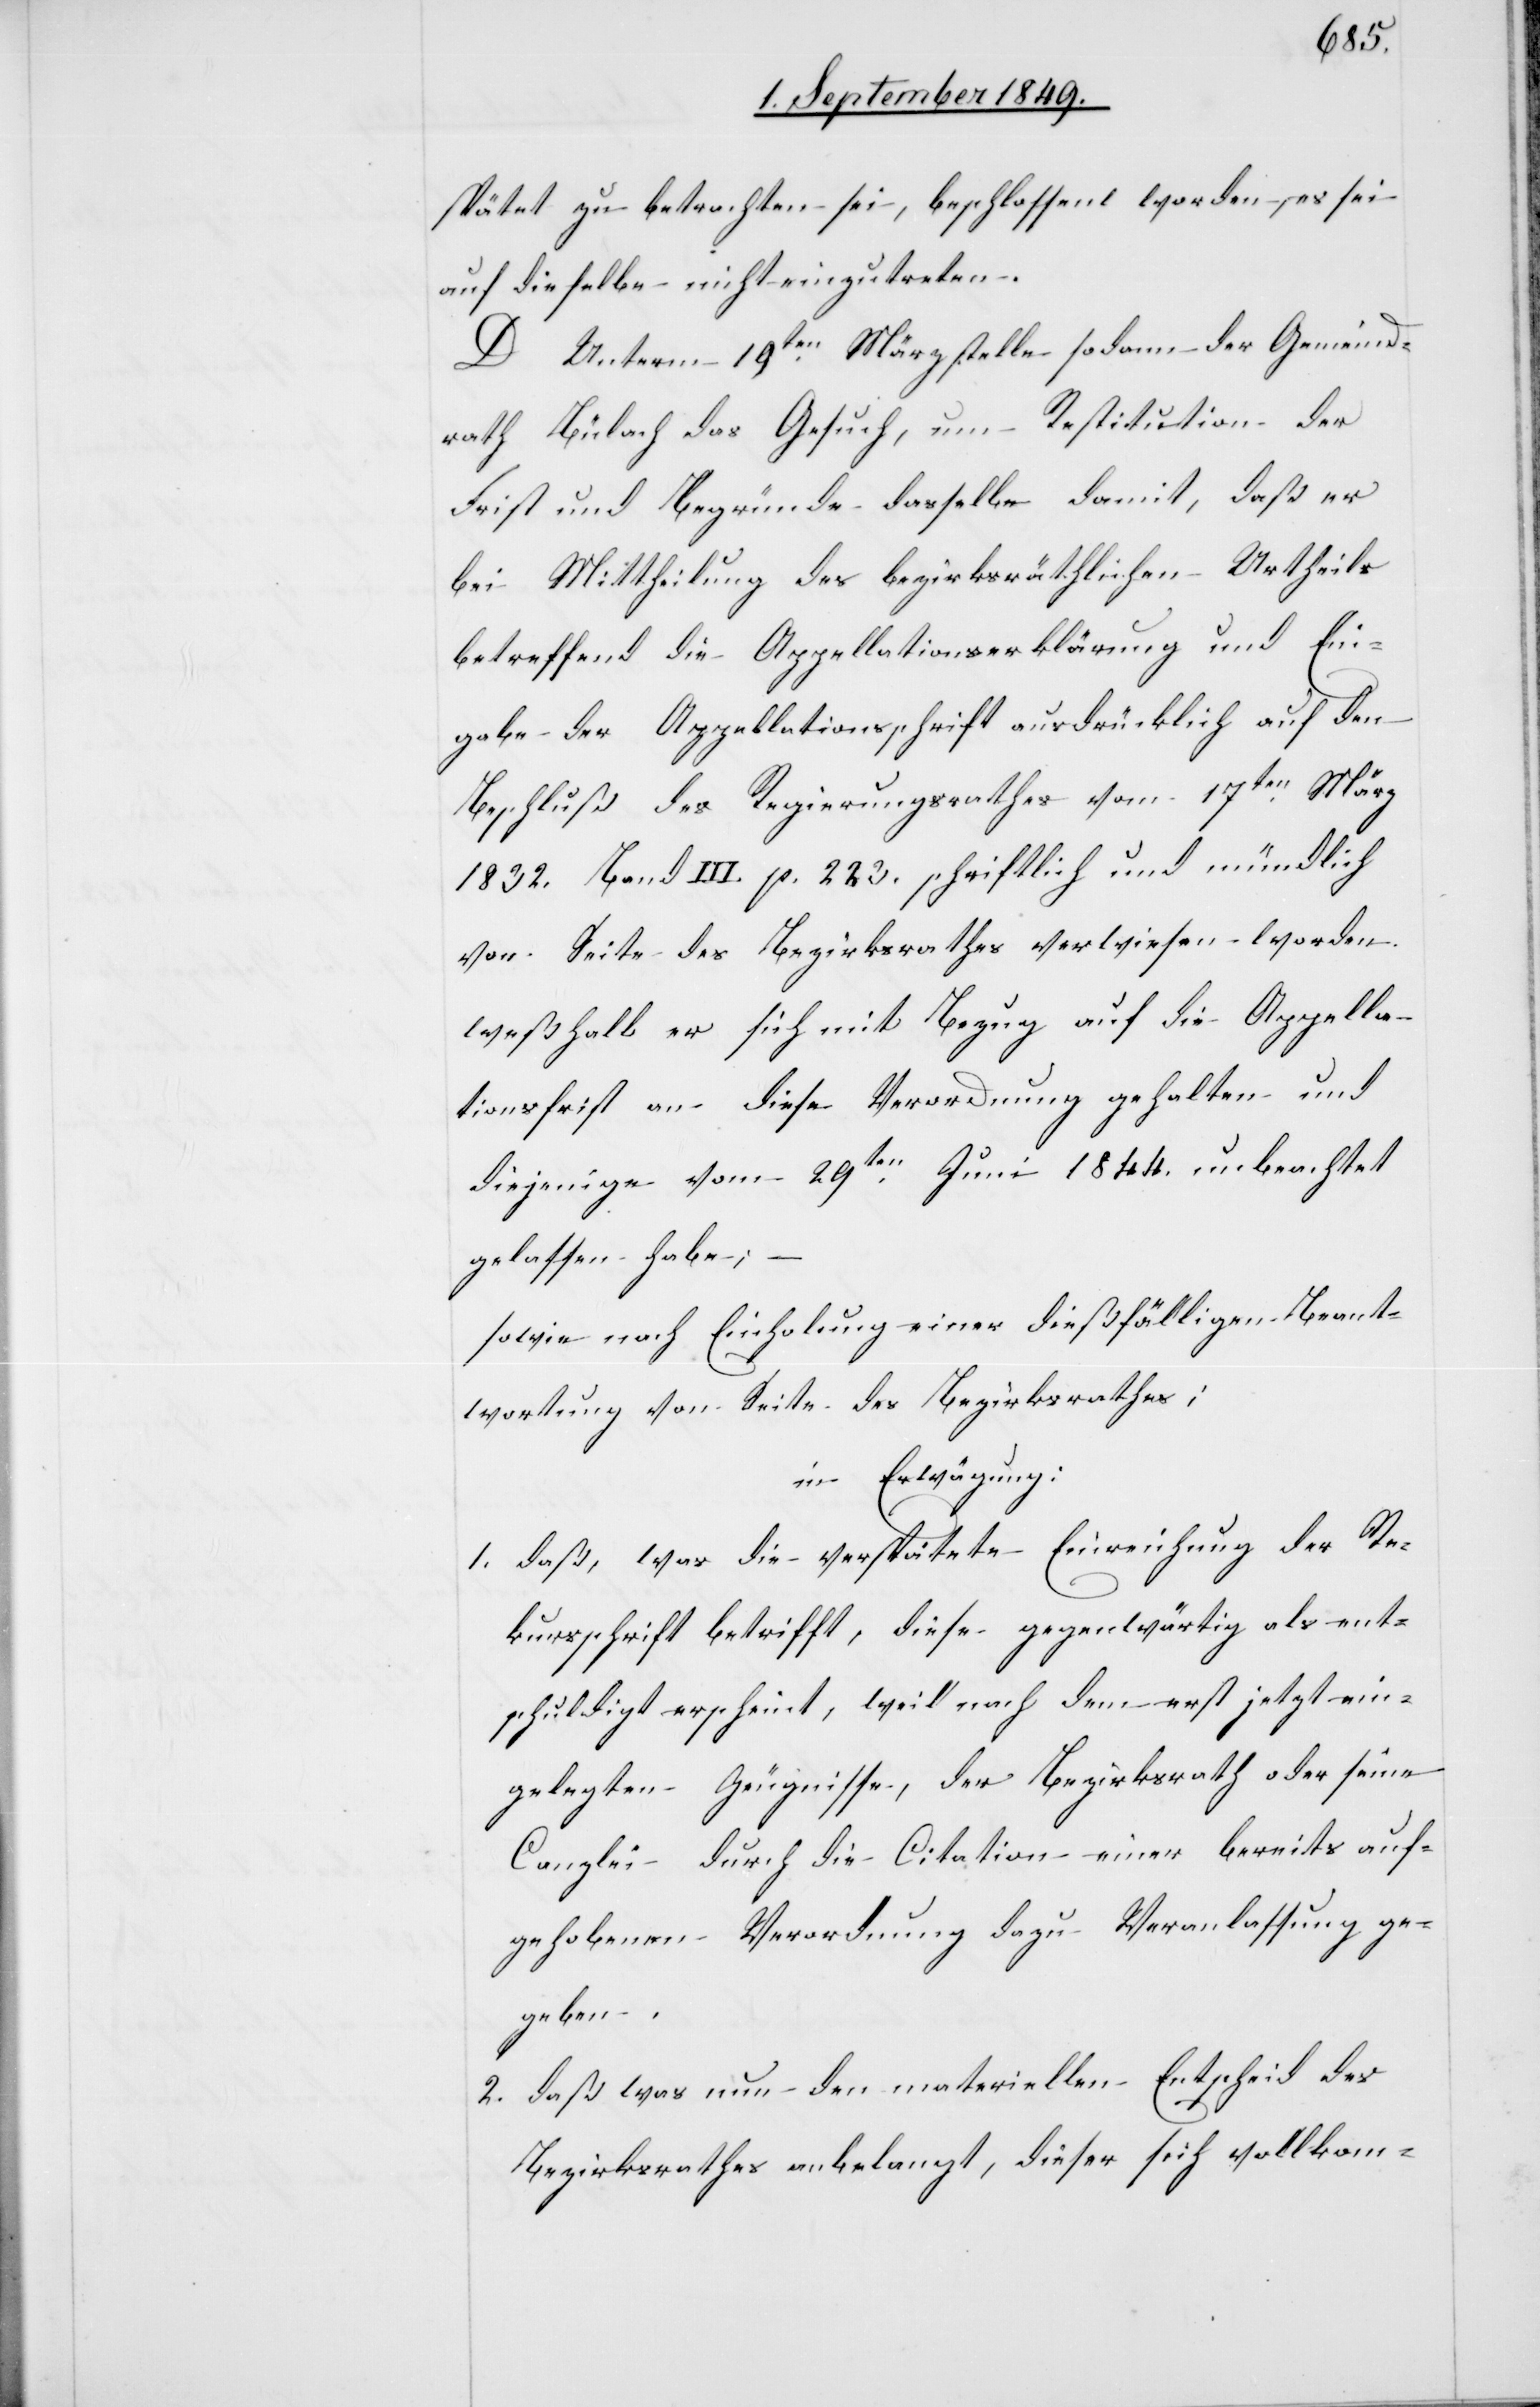
spätet zu betrachten sei, beschlossen worden, es sei
auf dieselbe nicht einzutreten.
D. Unterm 19ten März stelle sodann der Gemeind¬
rath Bülach das Gesuch, um Restitution der
Frist und Begründe dasselbe damit, daß er
bei Mittheilung des bezirksräthlichen Urtheils
betreffend die Appellationserklärung und Ein¬
gabe der Appellationsschrift ausdrücklich auf den
Beschluß des Regierungsrathes vom 17ten März
1832. Band III. p. 223. schriftlich und mündlich
von Seite des Bezirksrathes verwiesen worden
weßhalb er sich mit Bezug auf die Appella¬
tionsfrist an diese Verordnung gehalten und
diejenige vom 29ten Juni 1844. unbeachtet
gelassen habe;
sowie nach Einholung einer dießfälligen Beant¬
wortung von Seite des Bezirksrathes;
in Erwägung:
1. daß, was die verspätete Einreichung der Re¬
kursschrift betrifft, diese gegenwärtig als ent¬
schuldigt erscheint, weil nach dem erst jetzt ein¬
gelegten Zeugnisse, der Bezirksrath oder seine
Canzlei durch die Citation einer bereits auf¬
gehobenen Verordnung dazu Veranlassung ge¬
geben.
2. daß was nun den materiellen Entscheid des
Bezirksrathes anbelangt, dieser sich vollkom-